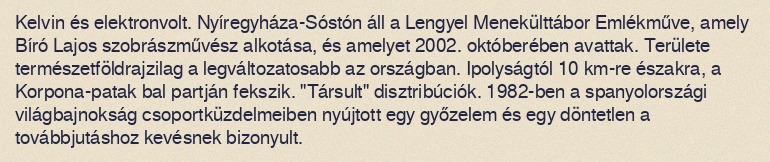
Kelvin és elektronvolt. Nyíregyháza-Sóstón áll a Lengyel Menekülttábor Emlékműve, amely Bíró Lajos szobrászművész alkotása, és amelyet 2002. októberében avattak. Területe természetföldrajzilag a legváltozatosabb az országban. Ipolyságtól 10 km-re északra, a Korpona-patak bal partján fekszik. "Társult" disztribúciók. 1982-ben a spanyolországi világbajnokság csoportküzdelmeiben nyújtott egy győzelem és egy döntetlen a továbbjutáshoz kevésnek bizonyult.